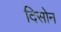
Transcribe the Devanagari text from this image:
दिसोन